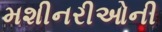
મશીનરીઓની